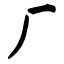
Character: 厂